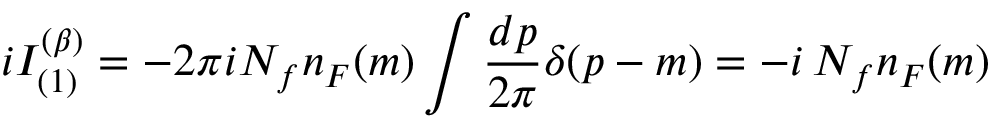
i I _ { ( 1 ) } ^ { ( \beta ) } = - 2 \pi i N _ { f } n _ { F } ( m ) \int { \frac { d p } { 2 \pi } } \delta ( p - m ) = - i \, N _ { f } n _ { F } ( m )